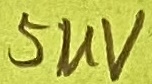
Text: 5UV